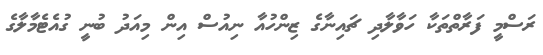
ރަސްމީ ފަރާތްތަކާ ހަވާލާދި ޗައިނާގެ ޒިންހުއާ ނިއުސް އިން މިއަދު ބުނީ ގުއެޓެމާލާގެ